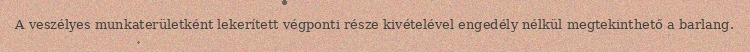
A veszélyes munkaterületként lekerített végponti része kivételével engedély nélkül megtekinthető a barlang.